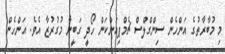
މި މުބާރާތުގެ އަންހެން ސިންގްލްސް ޗެމްޕިއަންކަން ހޯދީ ގަބީނާ މުގުރުޒާ އެވެ. އަންހެން